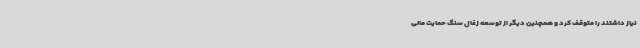
نیاز داشتند را متوقف کرد و همچنین دیگر از توسعه زغال سنگ حمایت مالی